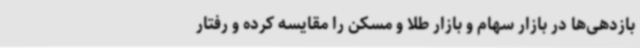
بازدهی‌ها در بازار سهام و بازار طلا و مسکن را مقایسه کرده و رفتار